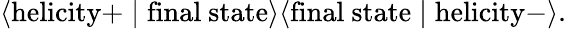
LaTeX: \langle\mathrm{helicity}+\mid\mathrm{final\ state}\rangle\langle\mathrm{final\ state}\mid\mathrm{helicity}-\rangle.